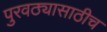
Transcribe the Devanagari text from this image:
पुरवठ्यासाठीच